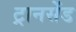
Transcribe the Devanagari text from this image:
ट्रानसेंड